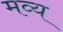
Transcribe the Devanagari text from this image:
मव्य